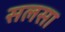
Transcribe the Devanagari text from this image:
सलसा